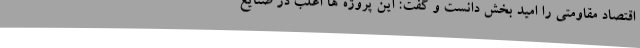
اقتصاد مقاومتی را امید بخش دانست و گفت: این پروژه ها اغلب در صنایع